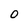
Character: 0